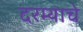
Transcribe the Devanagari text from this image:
दरम्याचे